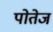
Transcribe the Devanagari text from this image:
पोतेज